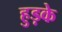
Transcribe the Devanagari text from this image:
हुड़के